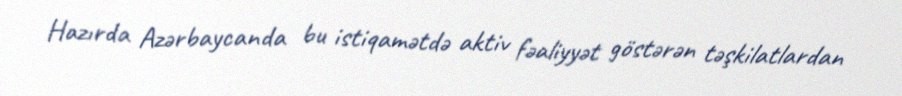
Hazırda Azərbaycanda bu istiqamətdə aktiv fəaliyyət göstərən təşkilatlardan